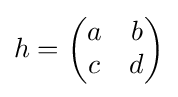
h={\begin{pmatrix}a&b\\c&d\end{pmatrix}}